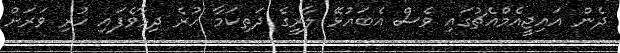
ދެން އައިޖީއެމްއެޗުގައި ވެސް އެބައުޅޭ ލާރީގެ ދަތިކަމާ ހުރެ ދިމާވެފައި ހުރި ވަރަށް